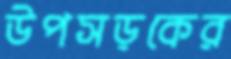
উপসড়কের